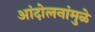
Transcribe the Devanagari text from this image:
आंदोलनांमुळे